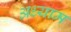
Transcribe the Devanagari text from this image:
अध्याम